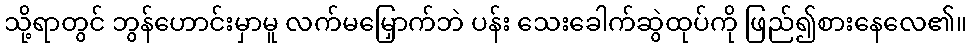
သို့ရာတွင် ဘွန်ဟောင်းမှာမူ လက်မမြှောက်ဘဲ ပန်း သေးခေါက်ဆွဲထုပ်ကို ဖြည်၍စားနေလေ၏။